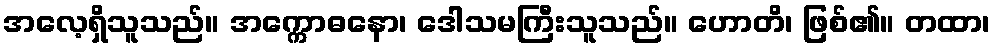
အလေ့ရှိသူသည်။ အက္ကောဓနော၊ ဒေါသမကြီးသူသည်။ ဟောတိ၊ ဖြစ်၏။ တထာ၊